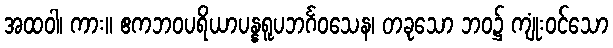
အထဝါ၊ ကား။ ဧကဘဝပရိယာပန္နရူပဘင်္ဂဝသေန၊ တခုသော ဘဝ၌ ကျုံးဝင်သော